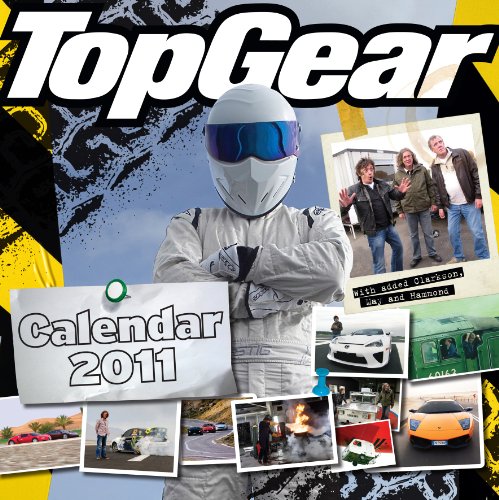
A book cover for The Official Top Gear 2011 Square Calendar; Calendars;